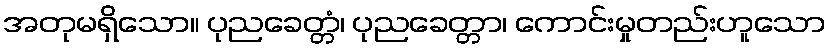
အတုမရှိသော။ ပုညခေတ္တံ၊ ပုညခေတ္တာ၊ ကောင်းမှုတည်းဟူသော